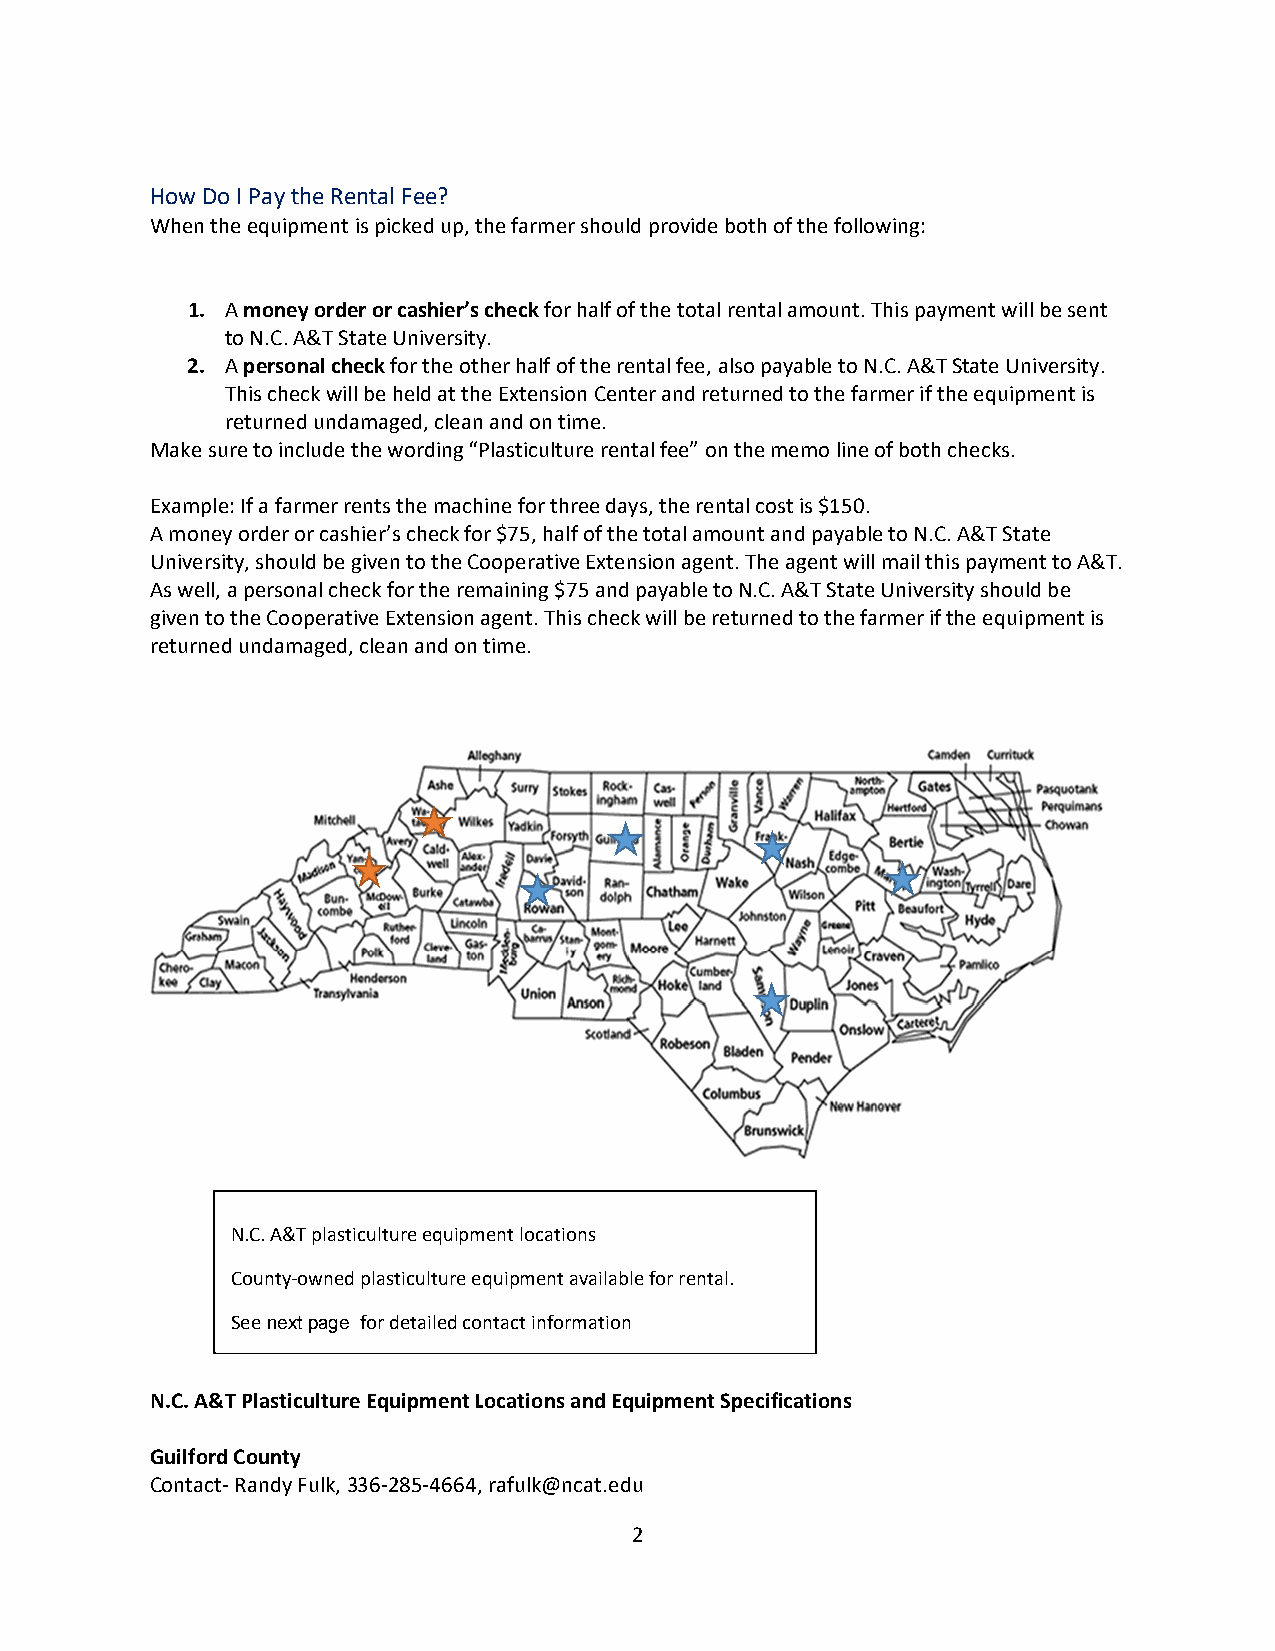
How Do I Pay the Rental Fee?
 When the equipment is picked up, the farmer should provide both of the following:
 1. A money order or cashier’s check for half of the total rental amount. This payment will be sent
 to N.C. A&T State University.
 2. A personal check for the other half of the rental fee, also payable to N.C. A&T State University.
 This check will be held at the Extension Center and returned to the farmer if the equipment is
 returned undamaged, clean and on time.
 Make sure to include the wording “Plasticulture rental fee” on the memo line of both checks.
 Example: If a farmer rents the machine for three days, the rental cost is $150.
 A money order or cashier’s check for $75, half of the total amount and payable to N.C. A&T State
 University, should be given to the Cooperative Extension agent. The agent will mail this payment to A&T.
 As well, a personal check for the remaining $75 and payable to N.C. A&T State University should be
 given to the Cooperative Extension agent. This check will be returned to the farmer if the equipment is
 returned undamaged, clean and on time.
 N.C. A&T plasticulture equipment locations
 County‐owned plasticulture equipment available for rental.
 See next page for detailed contact information
 N.C. A&T Plasticulture Equipment Locations and Equipment Specifications
 Guilford County
 Contact‐ Randy Fulk, 336‐285‐4664, rafulk@ncat.edu
 2